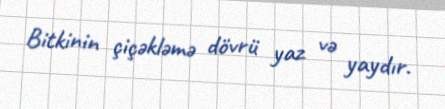
Bitkinin çiçəkləmə dövrü yaz və yaydır.